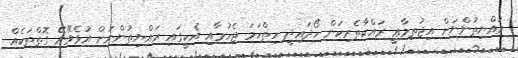
ރައްޔިތުންނަށް އިޖުތިމާޢީ ރައްކާތެރިކަން ހޯދައިދީ ހިތްހަމަ ޖެހުމާއި އެކީގައި ރައްޔިތުންނަށް އުޅެވޭނޭ ގޮތްތަކެއް